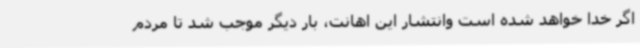
اگر خدا خواهد شده است وانتشار این اهانت، بار دیگر موجب شد تا مردم